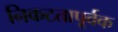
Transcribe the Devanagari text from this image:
निकटतापूर्वक